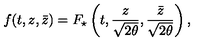
f ( t , z , \bar { z } ) = F _ { \star } \left( t , \frac { z } { \sqrt { 2 \theta } } , \frac { \bar { z } } { \sqrt { 2 \theta } } \right) ,